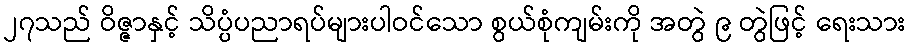
၂၇သည် ဝိဇ္ဇာနှင့် သိပ္ပံပညာရပ်များပါဝင်သော စွယ်စုံကျမ်းကို အတွဲ ၉ တွဲဖြင့် ရေးသား